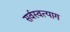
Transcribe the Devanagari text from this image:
सर्वस्वत्याग